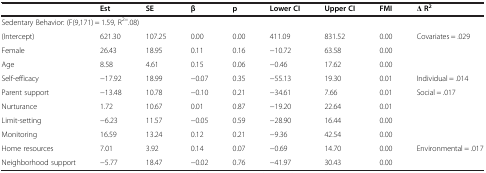
<table><thead><tr><td></td><td><b>Est</b></td><td><b>SE</b></td><td><b>β</b></td><td><b>p</b></td><td><b>Lower CI</b></td><td><b>Upper CI</b></td><td><b>FMI</b></td><td><b>Δ R<sup>2</sup></b></td></tr></thead><tbody><tr><td colspan="8">Sedentary Behavior: (F(9,171) = 1.59, R<sup>2=</sup>.08)</td><td></td></tr><tr><td>(Intercept)</td><td>621.30</td><td>107.25</td><td>0.00</td><td>0.00</td><td>411.09</td><td>831.52</td><td>0.00</td><td rowspan="3">Covariates = .029</td></tr><tr><td>Female</td><td>26.43</td><td>18.95</td><td>0.11</td><td>0.16</td><td>−10.72</td><td>63.58</td><td>0.00</td></tr><tr><td>Age</td><td>8.58</td><td>4.61</td><td>0.15</td><td>0.06</td><td>−0.46</td><td>17.62</td><td>0.00</td></tr><tr><td>Self-efficacy</td><td>−17.92</td><td>18.99</td><td>−0.07</td><td>0.35</td><td>−55.13</td><td>19.30</td><td>0.01</td><td>Individual = .014</td></tr><tr><td>Parent support</td><td>−13.48</td><td>10.78</td><td>−0.10</td><td>0.21</td><td>−34.61</td><td>7.66</td><td>0.01</td><td rowspan="4">Social = .017</td></tr><tr><td>Nurturance</td><td>1.72</td><td>10.67</td><td>0.01</td><td>0.87</td><td>−19.20</td><td>22.64</td><td>0.01</td></tr><tr><td>Limit-setting</td><td>−6.23</td><td>11.57</td><td>−0.05</td><td>0.59</td><td>−28.90</td><td>16.44</td><td>0.00</td></tr><tr><td>Monitoring</td><td>16.59</td><td>13.24</td><td>0.12</td><td>0.21</td><td>−9.36</td><td>42.54</td><td>0.00</td></tr><tr><td>Home resources</td><td>7.01</td><td>3.92</td><td>0.14</td><td>0.07</td><td>−0.69</td><td>14.70</td><td>0.00</td><td rowspan="2">Environmental = .017</td></tr><tr><td>Neighborhood support</td><td>−5.77</td><td>18.47</td><td>−0.02</td><td>0.76</td><td>−41.97</td><td>30.43</td><td>0.00</td></tr></tbody></table>